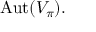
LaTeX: { \mathrm { A u t } } ( V _ { \pi } ) .